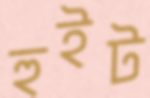
হুইট